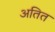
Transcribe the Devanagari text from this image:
अतित